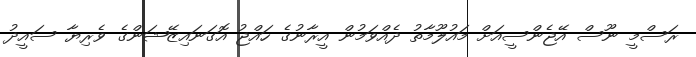
ރަސްމީ ނޫސް އޭޖެންސީއަށް މައުލޫމާތު ދެއްވަމުން އީރާނުގެ ހައްޖު އޮގަނައިޒޭޝަންގެ ވެރިޔާ ސައީދު